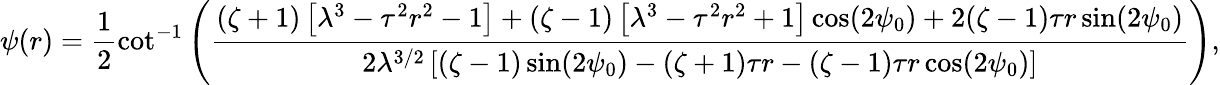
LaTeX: \psi(r)=\frac{1}{2}\cot^{-1}\left(\frac{(\zeta+1)\left[\lambda^{3}-\tau^{2}r^{2}-1\right]+(\zeta-1)\left[\lambda^{3}-\tau^{2}r^{2}+1\right]\cos(2\psi_{0})+2(\zeta-1)\tau r\sin(2\psi_{0})}{2\lambda^{3/2}\left[(\zeta-1)\sin(2\psi_{0})-(\zeta+1)\tau r-(\zeta-1)\tau r\cos(2\psi_{0})\right]}\right),